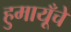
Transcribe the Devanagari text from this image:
हुमायूँचे